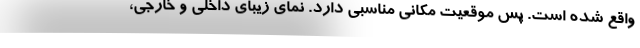
واقع شده است. پس موقعیت مکانی مناسبی دارد. نمای زیبای داخلی و خارجی،